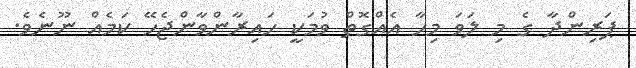
ޕަރިންދާ ގެ މި ލަވަ މިހާ އެއްގޮތް ވުމަކީ ހައިރާންވާންޖެހޭ ކަމެއް ނޫނެވެ.